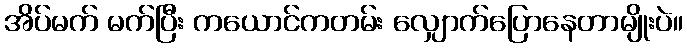
အိပ်မက် မက်ပြီး ကယောင်ကတမ်း လျှောက်ပြောနေတာမျိုးပဲ။